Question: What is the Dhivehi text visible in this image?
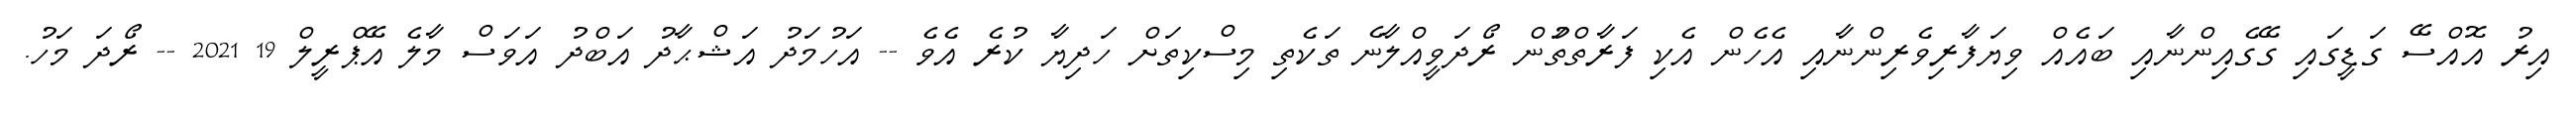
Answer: އިރު އޮއްސޭ ގަޑީގައި ގޭގެއިންނާއި ބައެއް ވިޔަފާރިވެރިންނާއި އެހެން އެކި ފަރާތްތަުން ރޯދަވީއްލާނެ ތަކެތި މިސްކިތަށް ހަދިޔާ ކުރެ އެވެ -- އަހުމަދު އަޝްޙާދު އަބްދު އަވަސް މާލެ އޭޕްރީލް 19 2021 -- ރޯދަ މަހު.